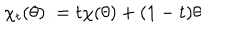
\chi _ { t } ( \theta ) : = t \chi ( \theta ) + ( 1 - t ) \theta